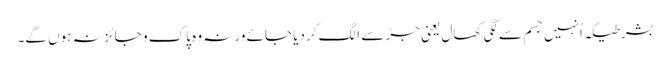
بشرطیکہ اُنہیں جسم سےلگی کھال یعنی جڑ سے الگ کردیا جائے ورنہ وہ پاک و جائز نہ ہوں گے۔